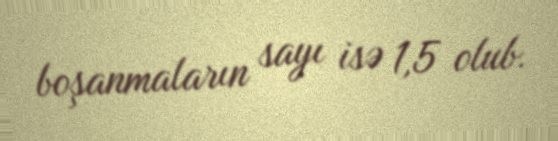
boşanmaların sayı isə 1,5 olub.